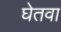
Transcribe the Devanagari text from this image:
घेतवा